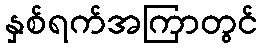
နှစ်ရက်အကြာတွင်